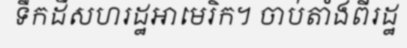
ទឹកដីសហរដ្ឋអាមេរិក។ ចាប់តាំងពីរដ្ឋ